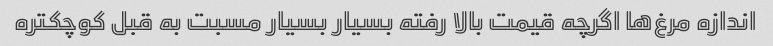
اندازه مرغ‌ها اگرچه قیمت بالا رفته بسیار بسیار مسبت به قبل کوچکتره